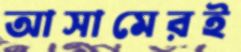
আসামেরই